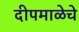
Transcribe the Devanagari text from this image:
दीपमाळेचे